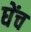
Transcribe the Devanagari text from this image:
घेंच